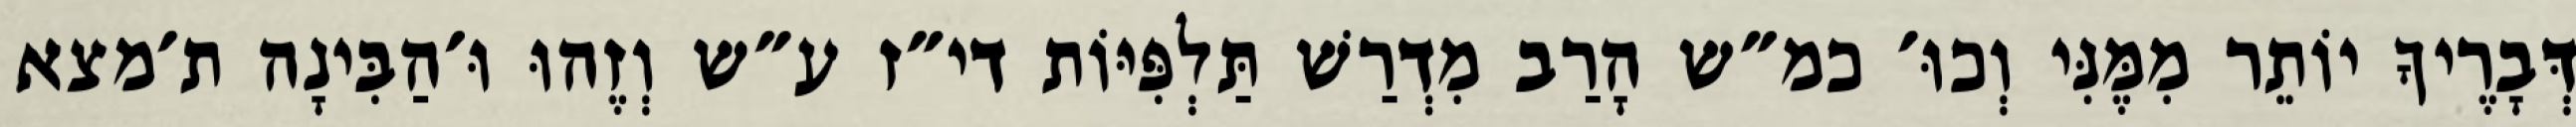
דְּבָרֶיךָ יוֹתֵר מִמֶּנִּי וְכוּ׳ כמ״ש הָרַב מִדְרַשׁ תַּלְפִּיּוֹת די״ז ע״ש וְזֶהוּ וּ׳הַבִּינָה ת׳מצא